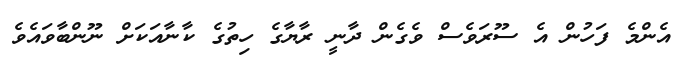
އެންމެ ފަހުން އެ ސޫރަވެސް ވެގެން ދާނީ ރާޔާގެ ހިތުގެ ކާނާއަކަށް ނޫންބާވައެވެ